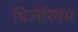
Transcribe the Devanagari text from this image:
थ्रिलेरियम